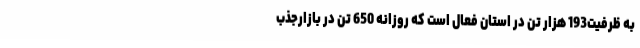
به ظرفیت193 هزار تن در استان فعال است که روزانه 650 تن در بازارجذب